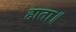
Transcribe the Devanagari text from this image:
हाता॥